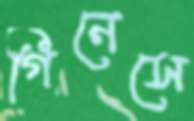
গিনেসে